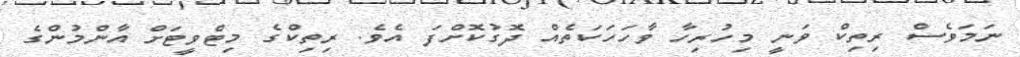
ނަމަވެސް ރިތިކް ވަނީ މިހުރިހާ ވާހަހަކަތެއް ދޮގުކޮށްފަ އެވެ. ރިތިކްގެ މިޓްވީޓަށް އާންމުންގެ